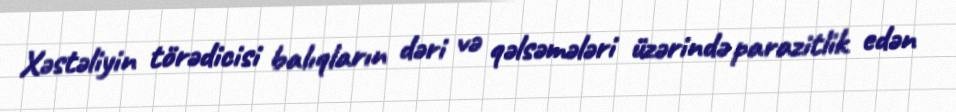
Xəstəliyin törədicisi balıqların dəri və qəlsəmələri üzərində parazitlik edən